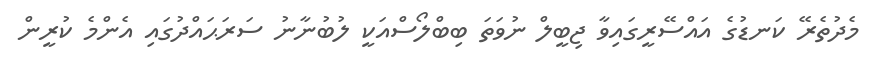
މެދުތެރޭ ކަނޑުގެ އައްސޭރީގައިވާ ޖިބީލް ނުވަތަ ބިބްލޯސްއަކީ ލުބުނާނު ސަރަޙައްދުގައި އެންމެ ކުރީން